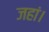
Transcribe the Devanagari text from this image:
जहां।